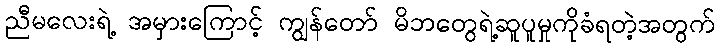
ညီမလေးရဲ့ အမှားကြောင့် ကျွန်တော် မိဘတွေရဲ့ဆူပူမှုကိုခံရတဲ့အတွက်